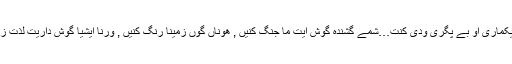
..راجہ تہا بے عملی , رومانس , بیکماری او بے پگری ودی کنت…شمے گشندہ گوش ایت ما جنگ کنیں , ھوناں گوں زمینا رنگ کنیں , ورنا ایشیا گوش داریت لذت زیریت وتا جنگئے بھر حساب کنت۔